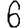
Digit: 6